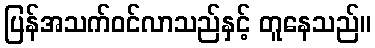
ပြန်အသက်ဝင်လာသည်နှင့် တူနေသည်။